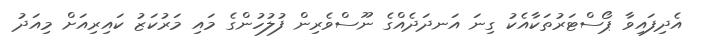
އެދިފައިވާ ޕޯސްޓަރުތަކާއެކު ގިނަ އަނދަދެއްގެ ނޫސްވެރިން ފުލުހުންގެ މައި މަރުކަޒު ކައިރިއަށް މިއަދު